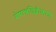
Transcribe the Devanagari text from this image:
शेषान्त्रछिद्रीकरण